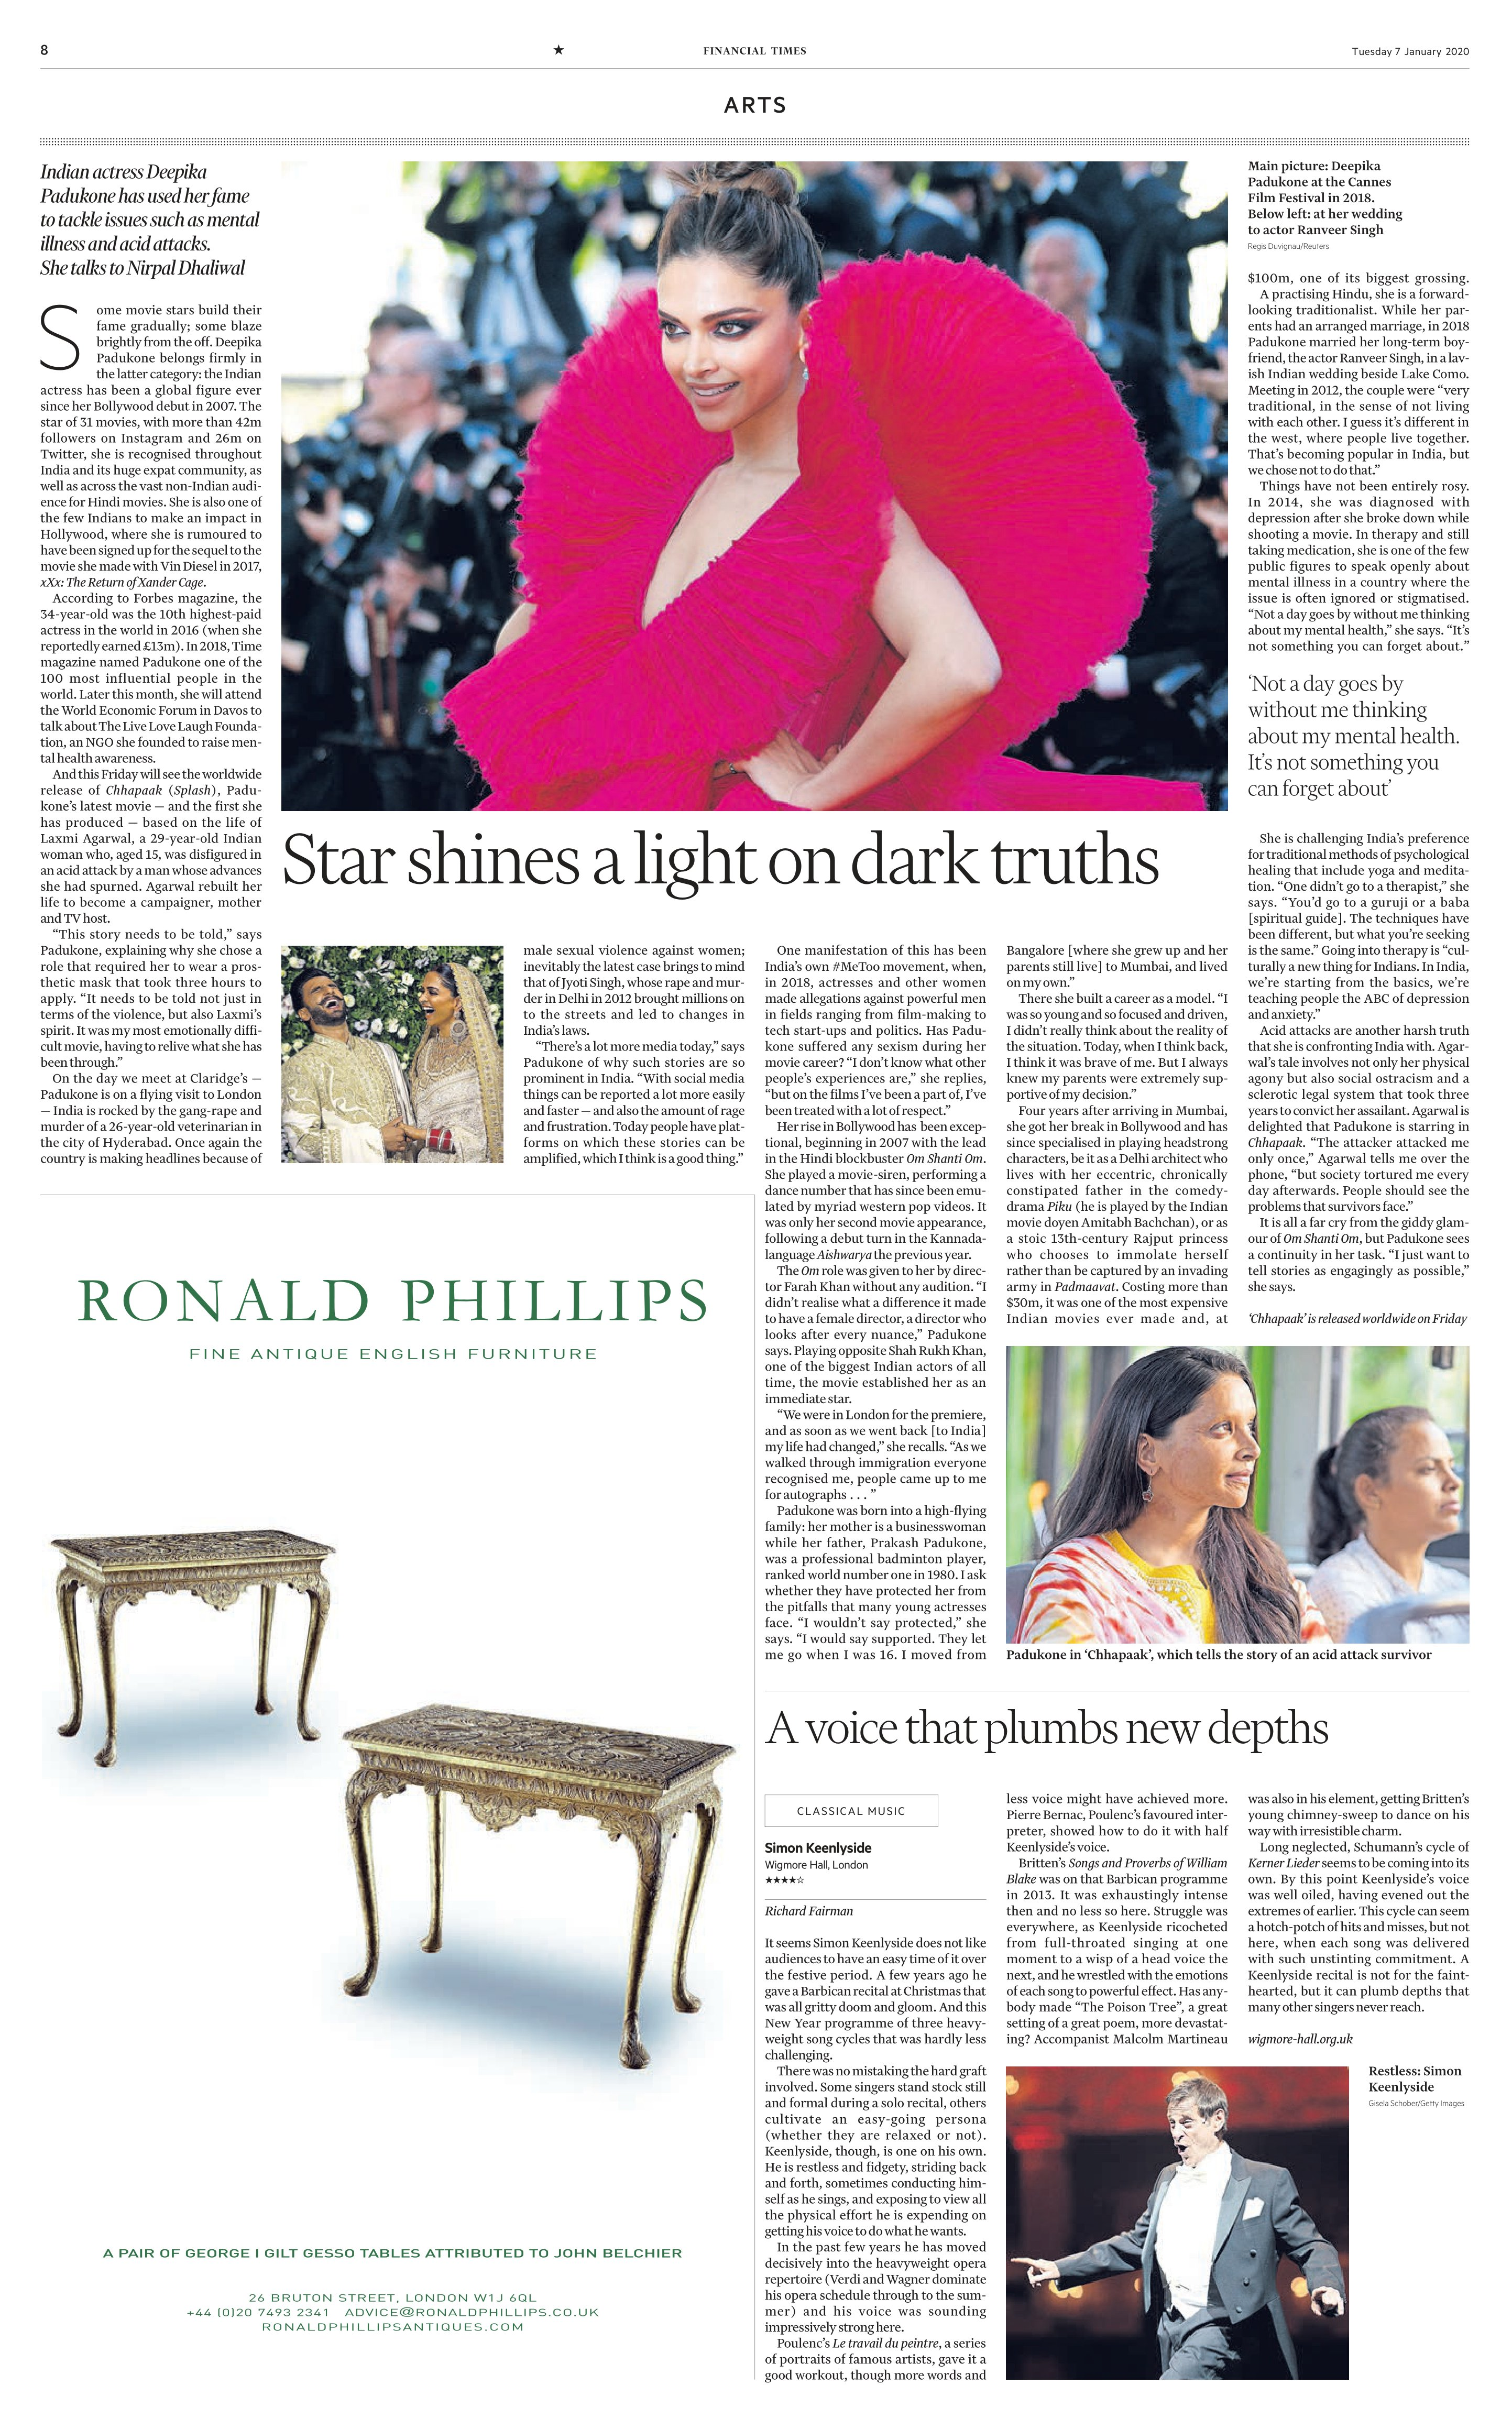
Language: en